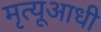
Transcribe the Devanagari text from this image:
मृत्यूआधी